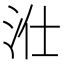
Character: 𱦁